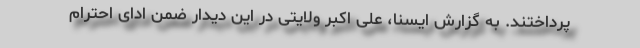
پرداختند. به گزارش ایسنا، علی اکبر ولایتی در این دیدار ضمن ادای احترام